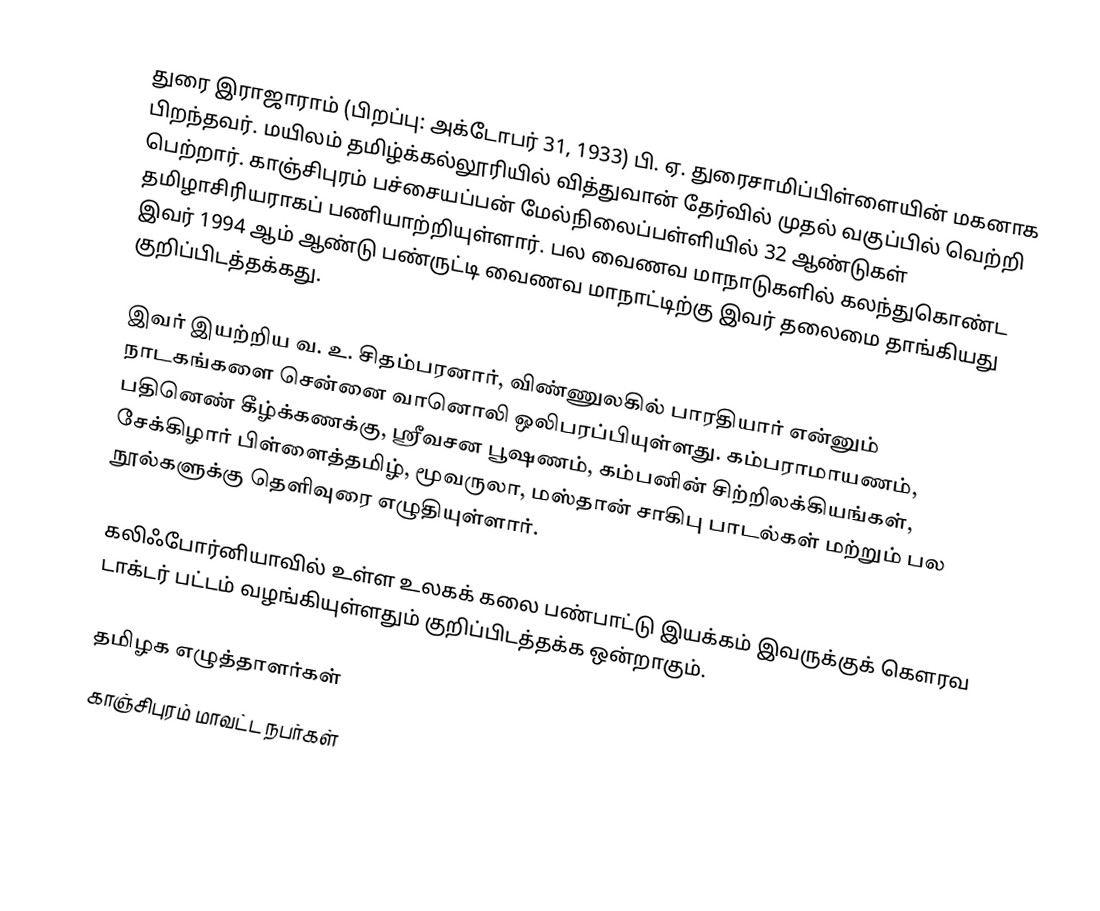
துரை இராஜாராம் (பிறப்பு: அக்டோபர் 31, 1933) பி. ஏ. துரைசாமிப்பிள்ளையின் மகனாக பிறந்தவர். மயிலம் தமிழ்க்கல்லூரியில் வித்துவான் தேர்வில் முதல் வகுப்பில் வெற்றி பெற்றார். காஞ்சிபுரம் பச்சையப்பன் மேல்நிலைப்பள்ளியில் 32 ஆண்டுகள் தமிழாசிரியராகப் பணியாற்றியுள்ளார். பல வைணவ மாநாடுகளில் கலந்துகொண்ட இவர் 1994 ஆம் ஆண்டு பண்ருட்டி வைணவ மாநாட்டிற்கு இவர் தலைமை தாங்கியது குறிப்பிடத்தக்கது.

இவர் இயற்றிய வ. உ. சிதம்பரனார், விண்ணுலகில் பாரதியார் என்னும் நாடகங்களை சென்னை வானொலி ஒலிபரப்பியுள்ளது. கம்பராமாயணம், பதினெண் கீழ்க்கணக்கு, ஸ்ரீவசன பூஷணம், கம்பனின் சிற்றிலக்கியங்கள், சேக்கிழார் பிள்ளைத்தமிழ், மூவருலா, மஸ்தான் சாகிபு பாடல்கள் மற்றும் பல நூல்களுக்கு தெளிவுரை எழுதியுள்ளார்.

கலிஃபோர்னியாவில் உள்ள உலகக் கலை பண்பாட்டு இயக்கம் இவருக்குக் கௌரவ டாக்டர் பட்டம் வழங்கியுள்ளதும் குறிப்பிடத்தக்க ஒன்றாகும்.

தமிழக எழுத்தாளர்கள்
காஞ்சிபுரம் மாவட்ட நபர்கள்